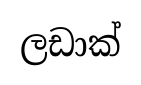
ලඩාක්